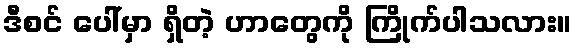
ဒီစင် ပေါ်မှာ ရှိတဲ့ ဟာတွေကို ကြိုက်ပါသလား။